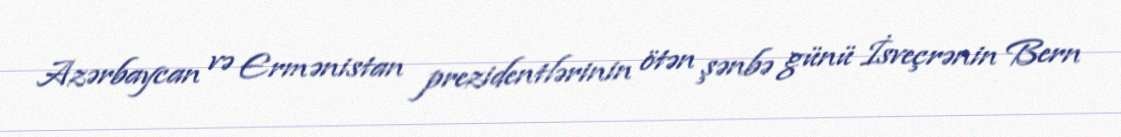
Azərbaycan və Ermənistan prezidentlərinin ötən şənbə günü İsveçrənin Bern